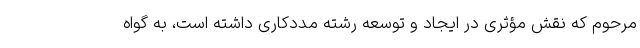
مرحوم که نقش مؤثری در ایجاد و توسعه رشته مددکاری داشته است، به گواه